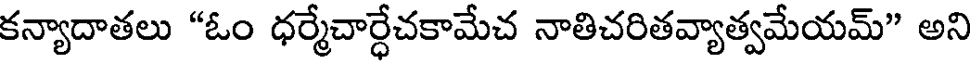
కన్యాదాతలు "ఓం ధర్మేచార్ధేచకామేచ నాతిచరితవ్యాత్వమేయమ్" అని